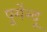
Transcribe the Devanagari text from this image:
पूर्गेन्दू